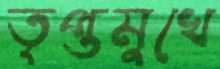
তৃপ্তমুখে